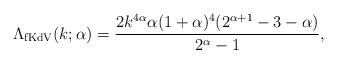
\begin{align*}\Lambda_{\rm fKdV}(k;\alpha)=\frac{2k^{4\alpha}\alpha(1+\alpha)^4(2^{\alpha+1}-3-\alpha)}{2^{\alpha}-1},\end{align*}